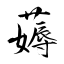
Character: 薅